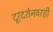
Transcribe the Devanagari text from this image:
दूरदर्शनवरही